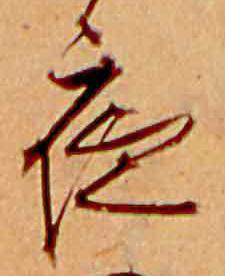
夜